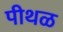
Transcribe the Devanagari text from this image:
पीथळ